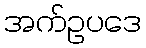
အက်ဥပဒေ